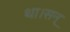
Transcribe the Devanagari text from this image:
था।सन्